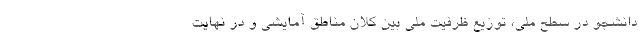
دانشجو در سطح ملی، توزیع ظرفیت ملی بین کلان مناطق آمایشی و در نهایت